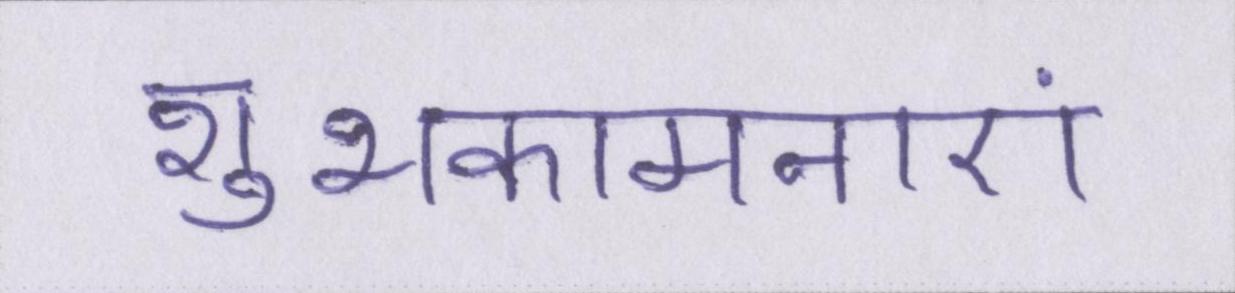
शुभकामनाएं